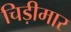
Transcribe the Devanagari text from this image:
चिड़ीमार